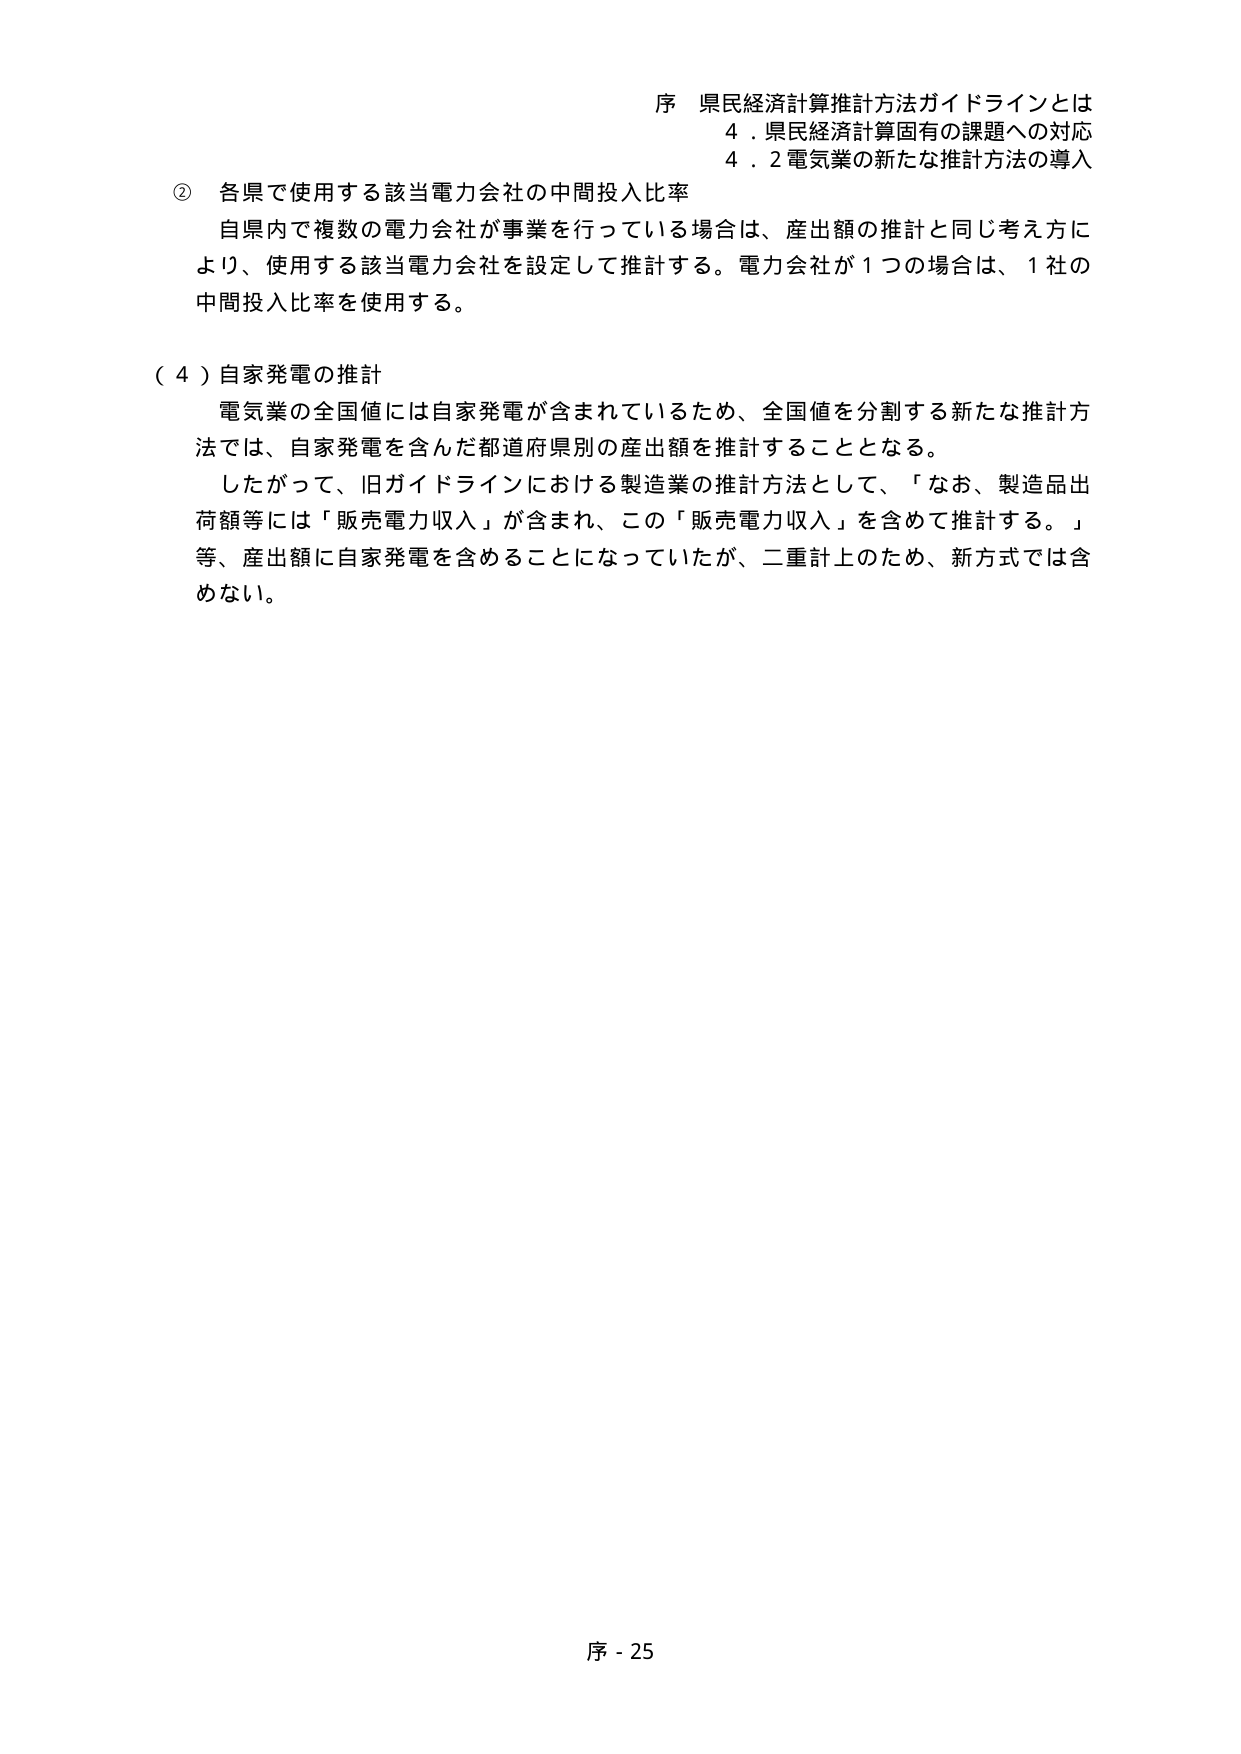
序 県民経済計算推計方法ガイドラインとは
4．県民経済計算固有の課題への対応
4．2 電気業の新たな推計方法の導入

② 各県で使用する該当電力会社の中間投入比率
自県内で複数の電力会社が事業を行っている場合は、産出額の推計と同じ考え方により、使用する該当電力会社を設定して推計する。電力会社が1つの場合は、1社の中間投入比率を使用する。

（4）自家発電の推計
電気業の全国値には自家発電が含まれているため、全国値を分割する新たな推計方法では、自家発電を含んだ都道府県別の産出額を推計することとなる。
したがって、旧ガイドラインにおける製造業の推計方法として、「なお、製造品出荷額等には「販売電力収入」が含まれ、この「販売電力収入」を含めて推計する。」等、産出額に自家発電を含めることになっていたが、二重計上のため、新方式では含めない。

序 - 25